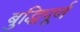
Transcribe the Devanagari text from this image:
बुद्धिपूर्ण